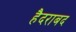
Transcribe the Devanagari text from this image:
हैदराबद